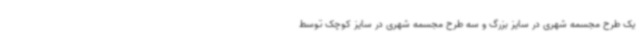
یک طرح مجسمه شهری در سایز بزرگ و سه طرح مجسمه شهری در سایز کوچک توسط